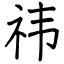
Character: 祎